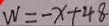
W = - x + 4 8 .